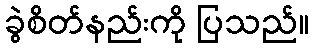
ခွဲစိတ်နည်းကို ပြသည်။